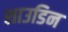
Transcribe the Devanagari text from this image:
शाउडिन